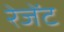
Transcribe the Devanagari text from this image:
रेजेंट